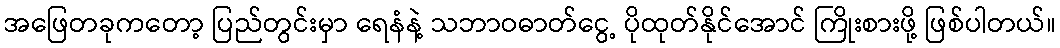
အဖြေတခုကတော့ ပြည်တွင်းမှာ ရေနံနဲ့ သဘာဝဓာတ်ငွေ့ ပိုထုတ်နိုင်အောင် ကြိုးစားဖို့ ဖြစ်ပါတယ်။